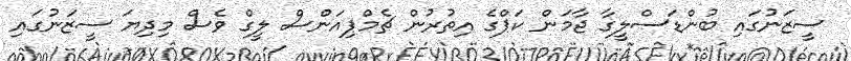
ސީޒަނުގައި ބުންޑަސްލީގާ ޖާމަން ކަޕްގެ އިތުރުން ޗެމްޕިއަންސް ލީގް ވެސް މިދިޔަ ސީޒަނުގައި